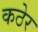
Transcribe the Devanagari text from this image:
कठेर